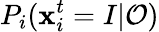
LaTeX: P_{i}(\mathbf{x}_{i}^{t}=I|\mathcal{{O}})